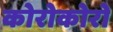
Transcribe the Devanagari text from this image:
कोरोकोरो